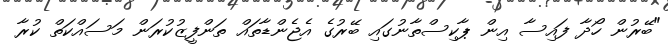
"ބޭރުން ހޯދާ ފައިސާ އިން ޕާކިސްތާނުގައި ބޭރުގެ އެޖެންޑާތައް ތަންފީޒުކުރަން މަސައްކަތް ކުރާ